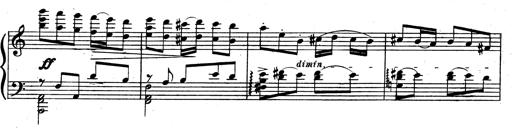
Title: 3 Sonatinas for Piano
Composer: Vissarion Shebalin